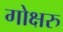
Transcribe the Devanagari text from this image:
गोक्षरु